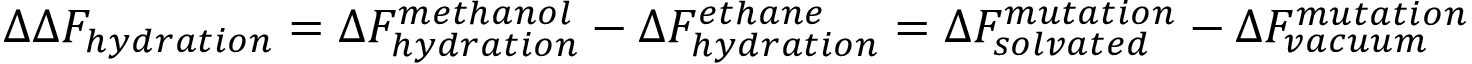
\Delta \Delta F _ { h y d r a t i o n } = \Delta F _ { h y d r a t i o n } ^ { m e t h a n o l } - \Delta F _ { h y d r a t i o n } ^ { e t h a n e } = \Delta F _ { s o l v a t e d } ^ { m u t a t i o n } - \Delta F _ { v a c u u m } ^ { m u t a t i o n }